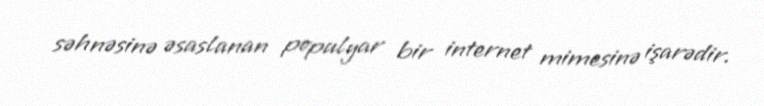
səhnəsinə əsaslanan populyar bir internet mimesinə işarədir.